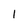
Character: 1